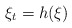
\begin{align*}\xi_{t}= h(\xi)\end{align*}